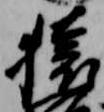
猿